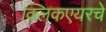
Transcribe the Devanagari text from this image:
क्लिकएयरचे